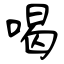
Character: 喝